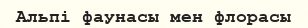
Альпі фаунасы мен флорасы